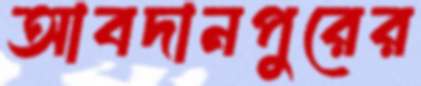
আবদানপুরের